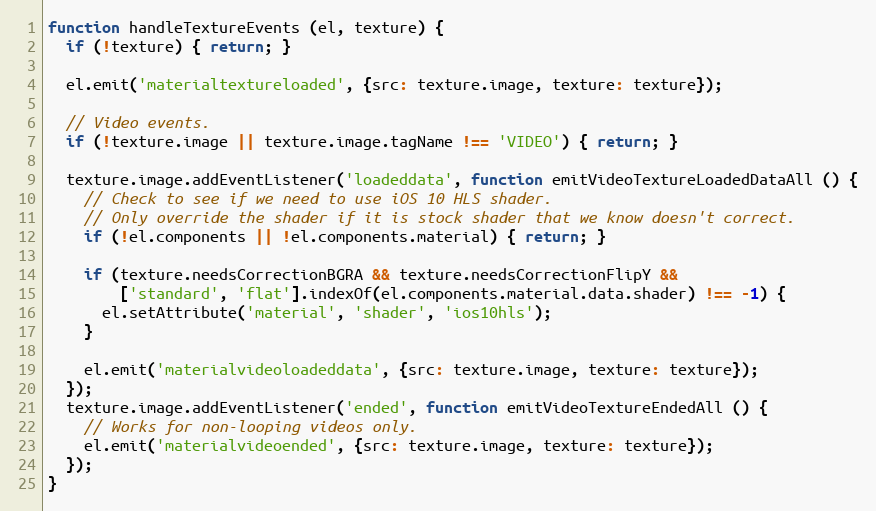
Language: JavaScript
function handleTextureEvents (el, texture) {
  if (!texture) { return; }

  el.emit('materialtextureloaded', {src: texture.image, texture: texture});

  // Video events.
  if (!texture.image || texture.image.tagName !== 'VIDEO') { return; }

  texture.image.addEventListener('loadeddata', function emitVideoTextureLoadedDataAll () {
    // Check to see if we need to use iOS 10 HLS shader.
    // Only override the shader if it is stock shader that we know doesn't correct.
    if (!el.components || !el.components.material) { return; }

    if (texture.needsCorrectionBGRA && texture.needsCorrectionFlipY &&
        ['standard', 'flat'].indexOf(el.components.material.data.shader) !== -1) {
      el.setAttribute('material', 'shader', 'ios10hls');
    }

    el.emit('materialvideoloadeddata', {src: texture.image, texture: texture});
  });
  texture.image.addEventListener('ended', function emitVideoTextureEndedAll () {
    // Works for non-looping videos only.
    el.emit('materialvideoended', {src: texture.image, texture: texture});
  });
}